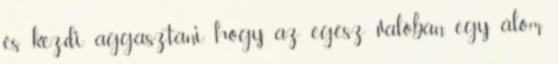
és kezdi aggasztani, hogy az egész valóban egy álom